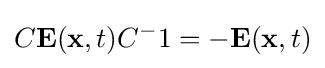
C\mathbf {E} (\mathbf {x} ,t)C^{-}1=-\mathbf {E} (\mathbf {x} ,t)